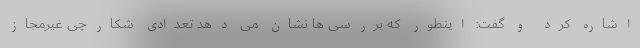
اشاره کرد و گفت: اینطور که بررسی ها نشان می دهد تعدادی شکارچی غیرمجاز